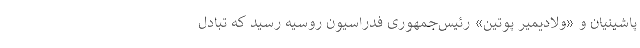
پاشینیان و «ولادیمیر پوتین» رئیس‌جمهوری فدراسیون روسیه رسید که تبادل